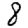
Digit: 8